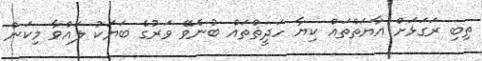
ތިބި ރަގަޅަށް އާޔަތްތައް ކިޔާ ހަދީޘްތައް ބުނެވޭ ވަރުގެ ބަޔަކު ލައްވާ މިކަން